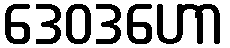
ဒေဝဒဟော